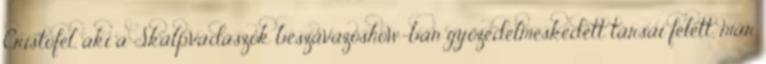
Cristofel, aki a Skalpvadászok beszavazóshow-ban győzedelmeskedett társai felett, már